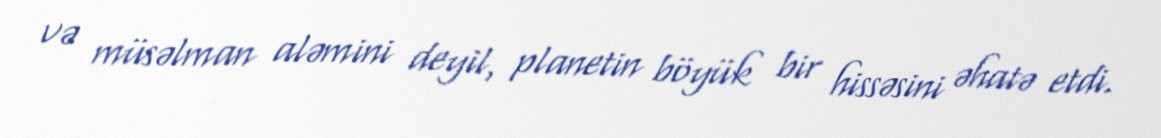
və müsəlman aləmini deyil, planetin böyük bir hissəsini əhatə etdi.